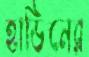
হাডিনের